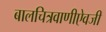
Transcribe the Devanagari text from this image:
बालचित्रवाणीऐवजी